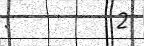
:         2